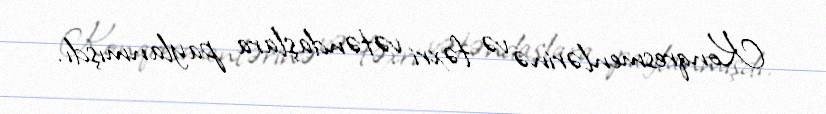
Konqresmenlərinə və fəxri vətəndaşlara paylanmışdı.